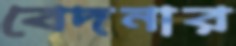
বেদনার